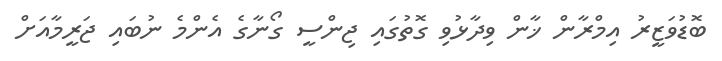
ބޮޑުވަޒީރު އިމްރާން ޚާން ވިދާޅުވި ގޮތުގައި ޖިންސީ ގޯނާގެ އެންމެ ނުބައި ޖަރީމާއަށް